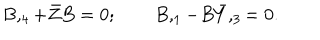
B , _ { 4 } + \bar { Z } B = 0 ; \qquad B , _ { 1 } - B \bar { Y } , _ { 3 } = 0 .